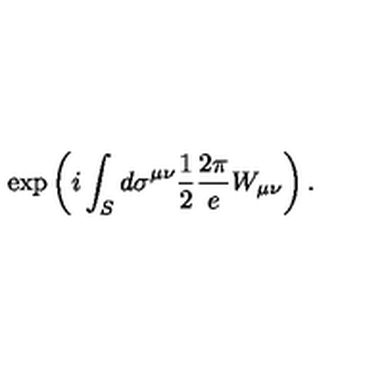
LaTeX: \exp \left( i \int _ { S } d \sigma ^ { \mu \nu } \frac { 1 } { 2 } \frac { 2 \pi } { e } W _ { \mu \nu } \right) .